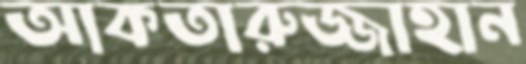
আকতারুজ্জাহান